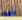
بأمره